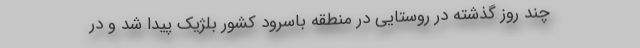
چند روز گذشته در روستایی در منطقه باسرود کشور بلژیک پیدا شد و در